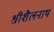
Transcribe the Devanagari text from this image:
श्रीशैलनाथ